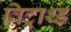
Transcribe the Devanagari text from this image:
विट्राथ्ड